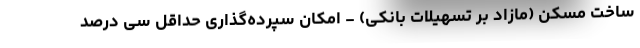
ساخت مسکن (مازاد بر تسهیلات بانکی) - امکان سپرده‌گذاری حداقل سی درصد